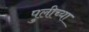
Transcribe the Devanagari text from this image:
पुलीच्या